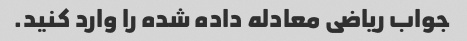
جواب ریاضی معادله داده شده را وارد کنید.